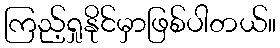
ကြည့်ရှုနိုင်မှာဖြစ်ပါတယ်။